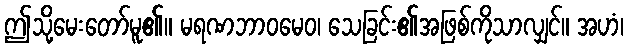
ဤသို့မေးတော်မူ၏။ မရဏဘာဝမေဝ၊ သေခြင်း၏အဖြစ်ကိုသာလျှင်။ အဟံ၊